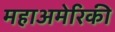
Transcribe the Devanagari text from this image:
महाअमेरिकी